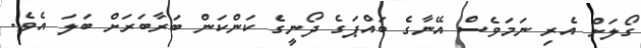
ގޯލަށް އެރި ނަމަވެސް އޭނާގެ ބައްޕަގެ ދޯނީގެ ކަންކަން ބަރާބަރަށް ބަލަ އެވެ.